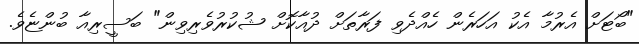
"ބޯޓަށް އެރުމާ އެކު އަހަރެން ހެއްދެވި ފަރާތަށް ދުއާކޮށް ޝުކުރުވެރިވިން" ބަސީރިއާ ބުންޏެވެ.